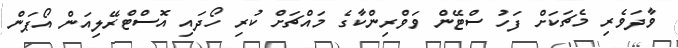
ވާދަވެރި މެޗަކަށް ފަހު ސްޓޭން ވަވްރިންކާގެ މައްޗަށް ކުރި ހޯދައި އޮސްޓްރޭލިއަން އޯޕަން